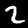
Label: 2